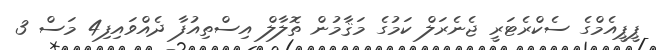
ޕީޕީއެމްގެ ސެކްރެޓަރީ ޖެނެރަލް ކަމުގެ މަޤާމުން ތޮލާލް އިސްތިއުފާ ދެއްވައިފި4 މަސް 3